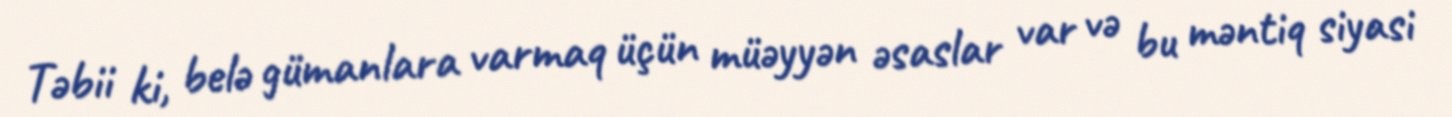
Təbii ki, belə gümanlara varmaq üçün müəyyən əsaslar var və bu məntiq siyasi